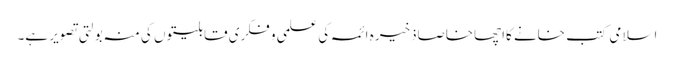
اسلامی کتب خانے کااچھاخاصاذخیرہ ائمہ کی علمی و فکری قابلیتوں کی منہ بولتی تصویر ہے۔